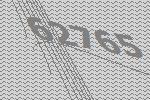
62765